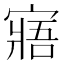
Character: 寤